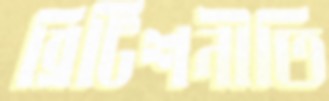
ব্রিটিশনীতি